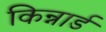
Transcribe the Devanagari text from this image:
किन्नार्ड